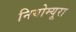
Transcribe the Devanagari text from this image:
नियोम्यूरा